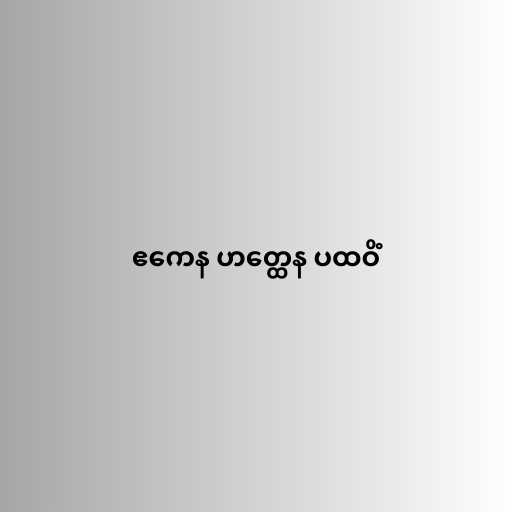
ဧကေန ဟတ္ထေန ပထဝိံ